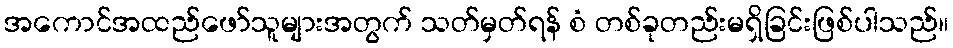
အကောင်အထည်ဖော်သူများအတွက် သတ်မှတ်ရန် စံ တစ်ခုတည်းမရှိခြင်းဖြစ်ပါသည်။